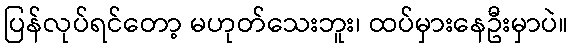
ပြန်လုပ်ရင်တော့ မဟုတ်သေးဘူး၊ ထပ်မှားနေဦးမှာပဲ။